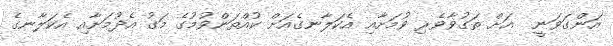
އަންގަވަނީ  އަށް ތަގުވާވެރި ވުމަށާއި އެކަލާނގެއަށް ކުއްތަންވުމުގެ މަގު އެދުމަށާއި އެކަލާނގެ